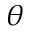
\theta